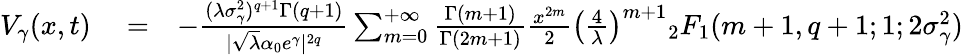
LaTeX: \begin{array}{rlr}{V_{\gamma}(x,t)}&{{}=}&{-\frac{(\lambda\sigma_{\gamma}^{2})^{q+1}\Gamma(q+1)}{|\sqrt{\lambda}\alpha_{0}e^{\gamma}|^{2q}}\sum_{m=0}^{+\infty}\frac{\Gamma(m+1)}{\Gamma(2m+1)}\frac{x^{2m}}{2}\big(\frac{4}{\lambda}\big)^{m+1}{_2F_{1}}(m+1,q+1;1;2\sigma_{\gamma}^{2})}\end{array}